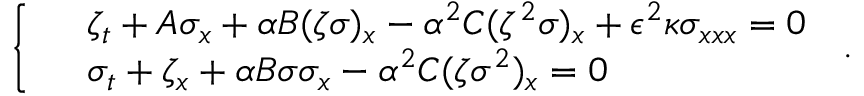
\left\{ \begin{array} { r l } & { \zeta _ { t } + A \sigma _ { x } + \alpha B ( { \zeta } { \sigma } ) _ { x } - \alpha ^ { 2 } C ( { \zeta } ^ { 2 } { \sigma } ) _ { x } + \epsilon ^ { 2 } \kappa { \sigma } _ { x x x } = 0 } \\ & { \sigma _ { t } + \zeta _ { x } + \alpha B { \sigma } { \sigma } _ { x } - \alpha ^ { 2 } C ( { \zeta } { \sigma } ^ { 2 } ) _ { x } = 0 } \end{array} \right. \, .